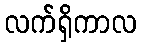
လက်ရှိကာလ